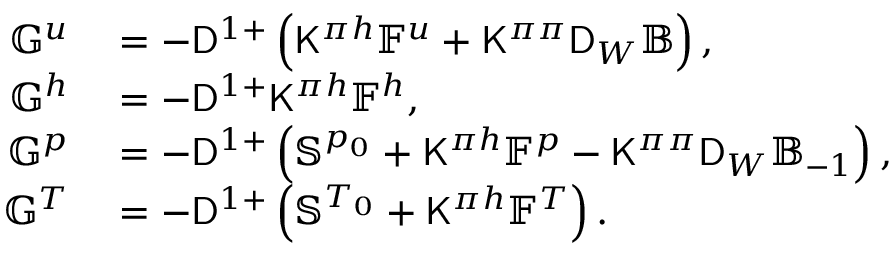
\begin{array} { r l } { \mathbb { G } ^ { u } } & { { } = - \mathsf { D } ^ { 1 + } \left( \mathsf { K } ^ { \pi h } \mathbb { F } ^ { u } + \mathsf { K } ^ { \pi \pi } \mathsf { D } _ { W } \mathbb { B } \right) , } \\ { \mathbb { G } ^ { h } } & { { } = - \mathsf { D } ^ { 1 + } \mathsf { K } ^ { \pi h } \mathbb { F } ^ { h } , } \\ { \mathbb { G } ^ { p } } & { { } = - \mathsf { D } ^ { 1 + } \left( \mathbb { S } ^ { p _ { 0 } } + \mathsf { K } ^ { \pi h } \mathbb { F } ^ { p } - \mathsf { K } ^ { \pi \pi } \mathsf { D } _ { W } \mathbb { B } _ { - 1 } \right) , } \\ { \mathbb { G } ^ { T } } & { { } = - \mathsf { D } ^ { 1 + } \left( \mathbb { S } ^ { T _ { 0 } } + \mathsf { K } ^ { \pi h } \mathbb { F } ^ { T } \right) . } \end{array}